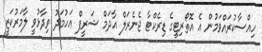
ހިއްސާކުރައްވަމުން އެ އޮތޯރިޓީގެ ޑިރެކްޓާ ޖެނެރަލް އާދަމް ޝަރީފް އަހުމަދު ވިދާޅުވީ ލާމަރުކަޒީ